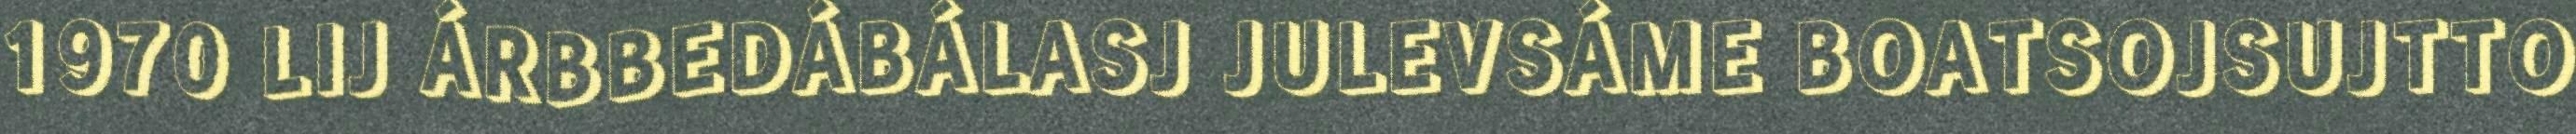
1970 LIJ ÁRBBEDÁBÁLASJ JULEVSÁME BOATSOJSUJTTO